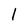
Character: 1